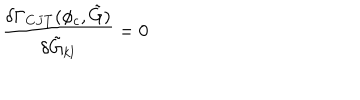
\frac { \delta \Gamma _ { C J T } ( \phi _ { c } , \tilde { G } ) } { \delta \tilde { G } _ { k l } } = 0